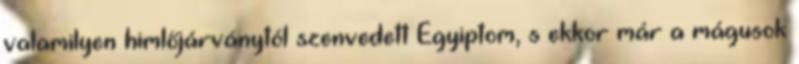
valamilyen himlőjárványtól szenvedett Egyiptom, s ekkor már a mágusok